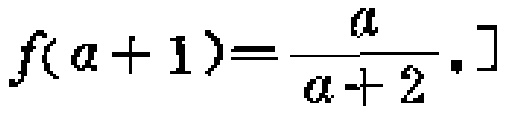
\[f(a + 1)=\frac{a}{a + 2}.\]